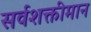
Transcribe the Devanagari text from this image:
सर्वशक्तीमान